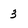
Character: 3